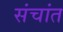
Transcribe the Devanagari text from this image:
संचांत